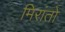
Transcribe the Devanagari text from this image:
मिरांतो